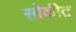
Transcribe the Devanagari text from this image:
सोकीत